38_143685_box_Incident_Summaries_173-233
Agency: Department of War
Page 92
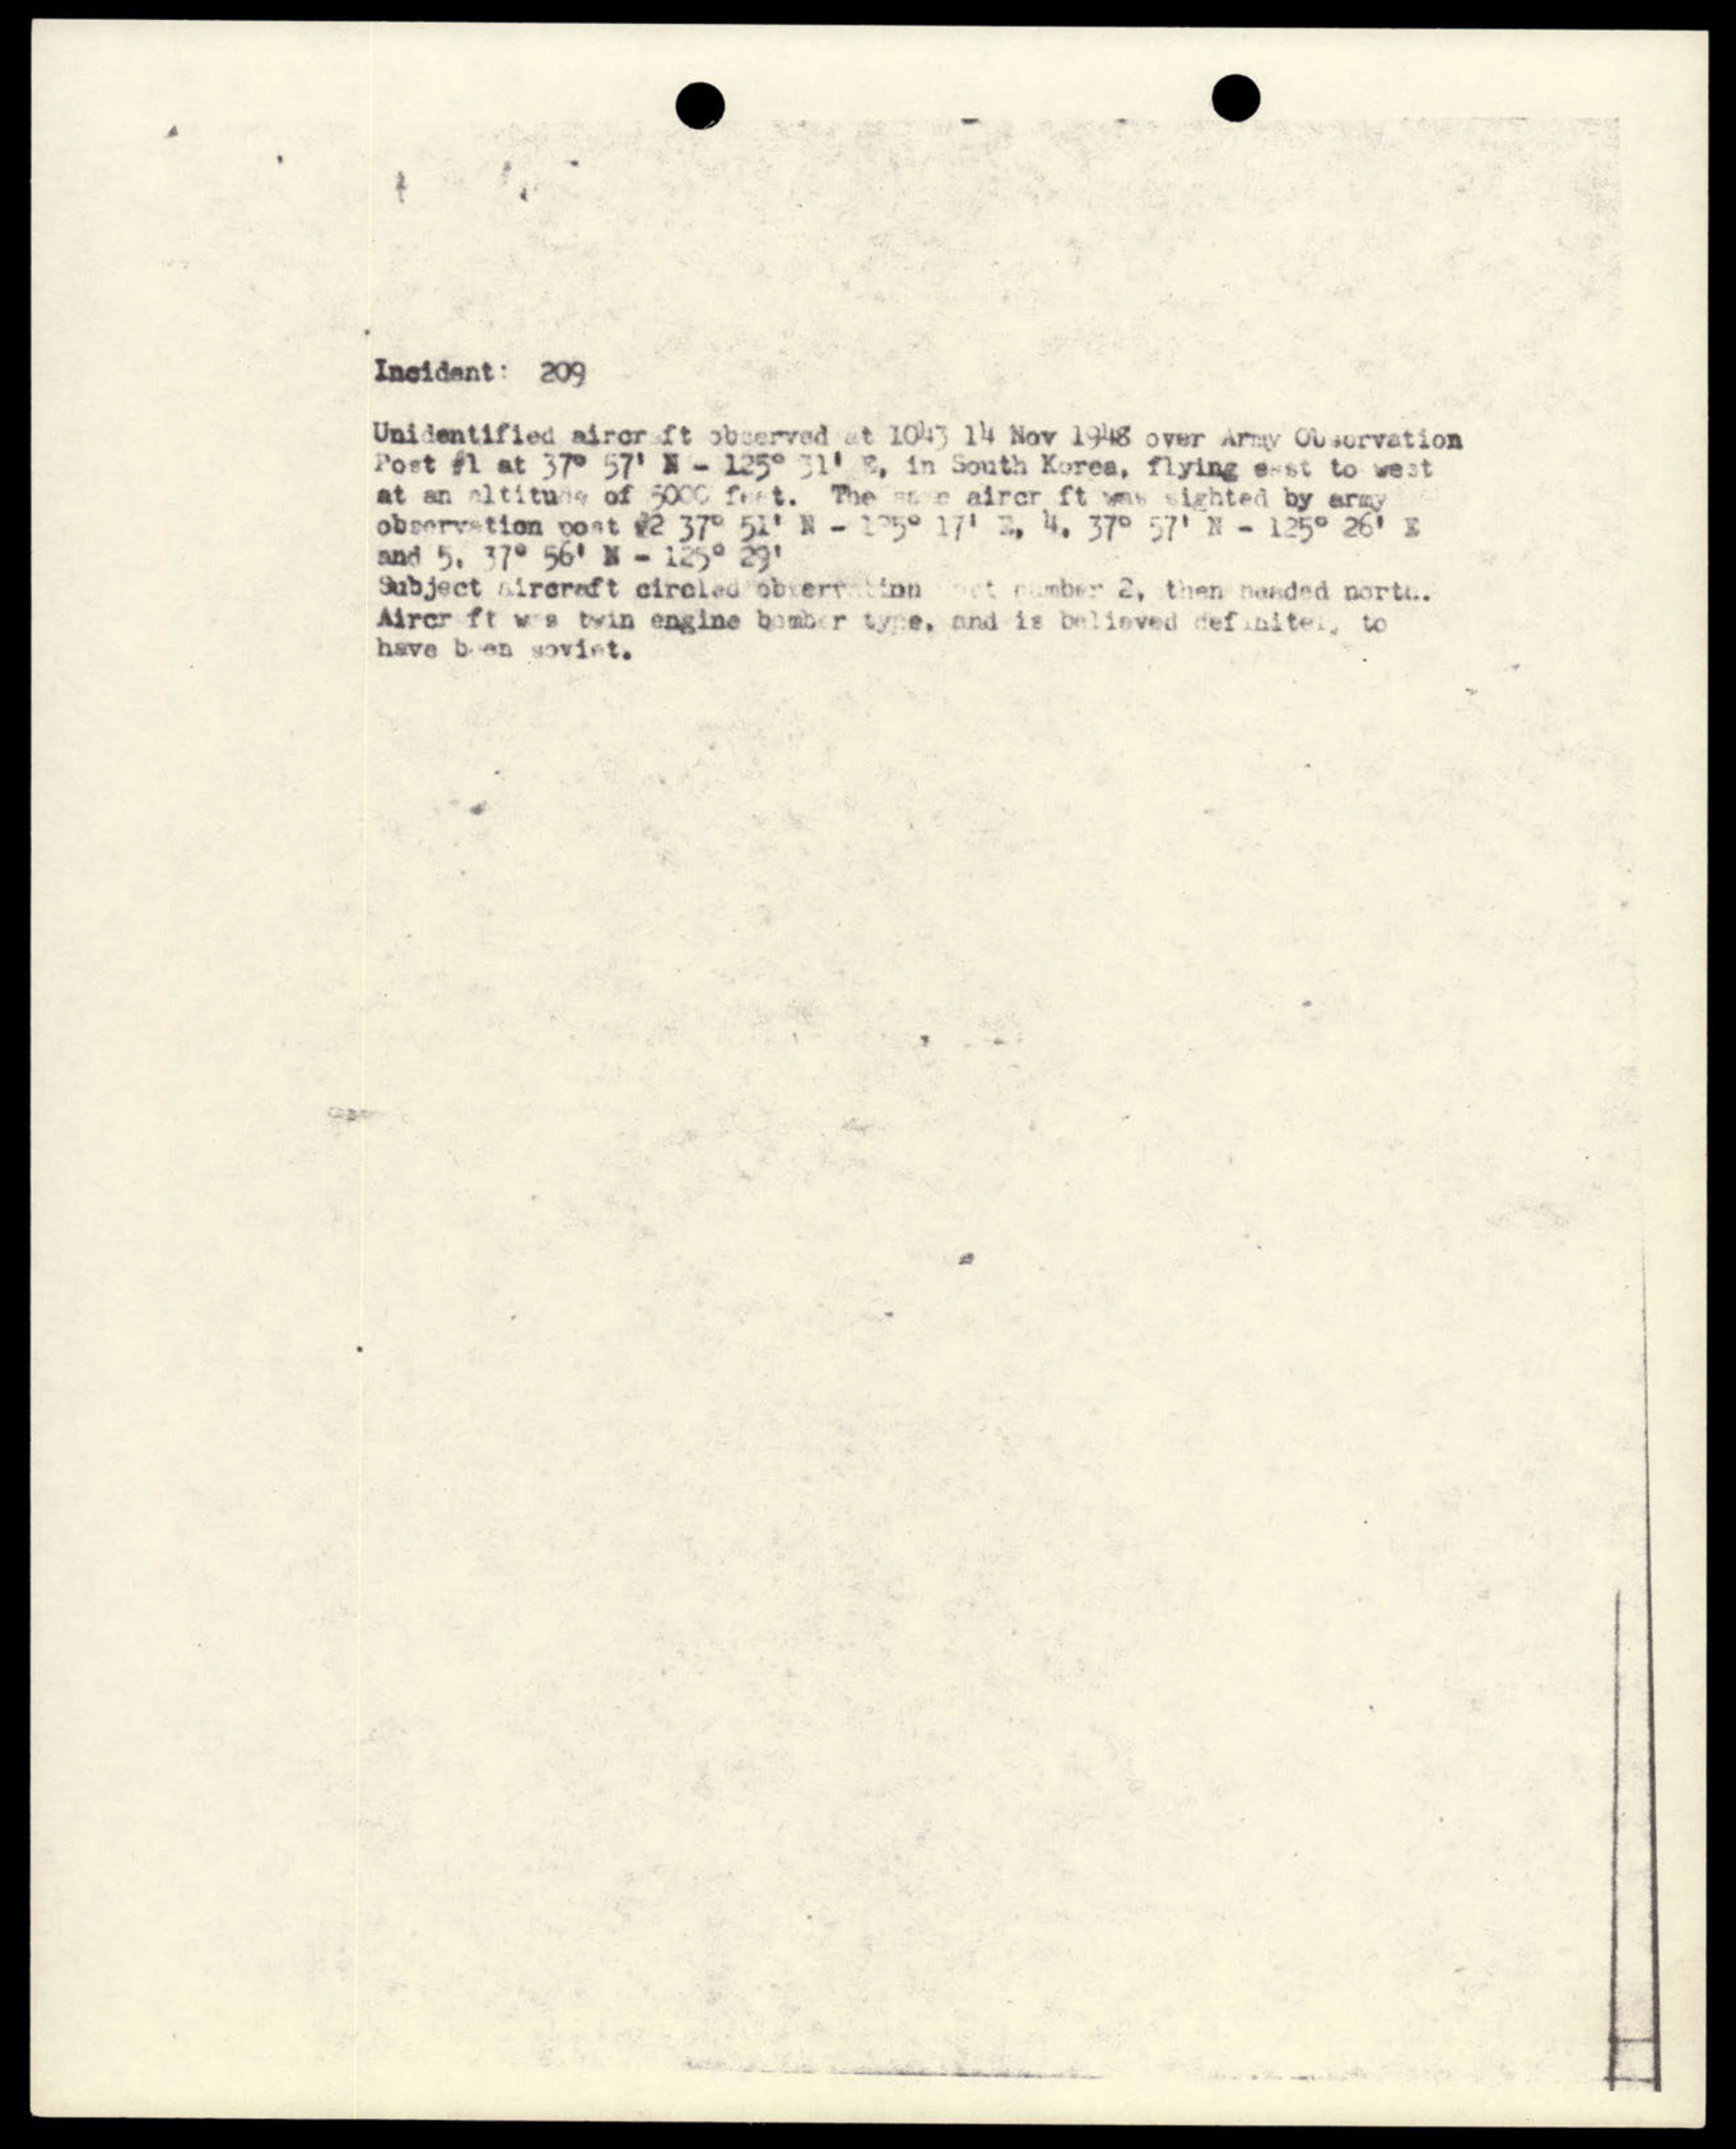